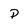
Character: p